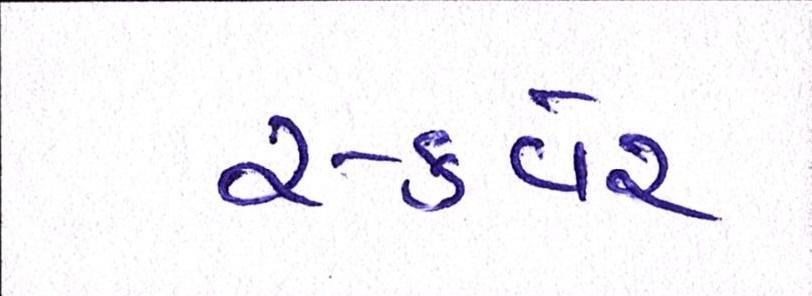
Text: સ્કવેર